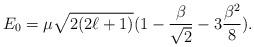
LaTeX: \begin{align*}E_{0} = \mu \sqrt{2(2 \ell + 1 )} (1 - \frac{\beta}{\sqrt{2}} - 3 \frac{\beta^{2}}{8}). \end{align*}